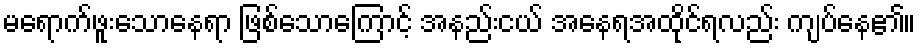
မရောက်ဖူးသောနေရာ ဖြစ်သောကြောင့် အနည်းငယ် အနေရအထိုင်ရလည်း ကျပ်နေ၏။